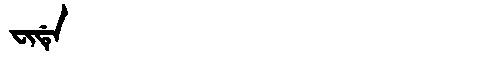
Manchu: ᠸᡳᡩᡝ
Romanization: FIDE